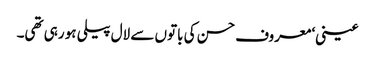
عینی‘ معروف حسن کی باتوں سے لال پیلی ہو رہی تھی۔